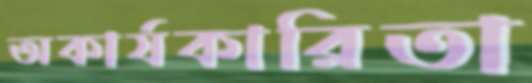
অকার্যকারিতা